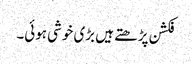
فکشن پڑھتے ہیں بڑی خوشی ہوئی۔